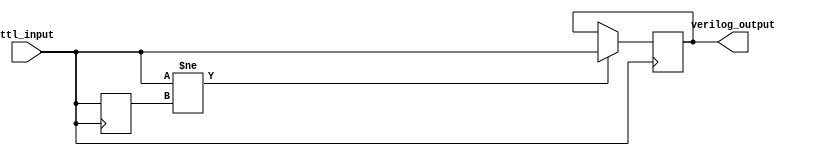
module ttl_buffer (
    input wire ttl_input,
    output reg verilog_output
);

reg previous_ttl_input;

always @(posedge ttl_input)
begin
    if (ttl_input != previous_ttl_input)
        verilog_output <= ttl_input;
    previous_ttl_input <= ttl_input;
end

endmodule